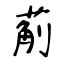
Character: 葪